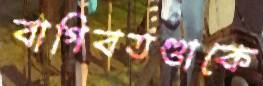
বাগিবতণ্ডাকে